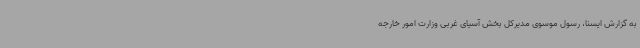
به گزارش ایسنا، رسول موسوی مدیرکل بخش آسیای غربی وزارت امور خارجه